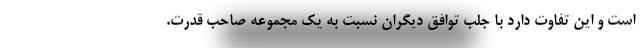
است و این تفاوت دارد با جلب توافق دیگران نسبت به یک مجموعه صاحب قدرت.